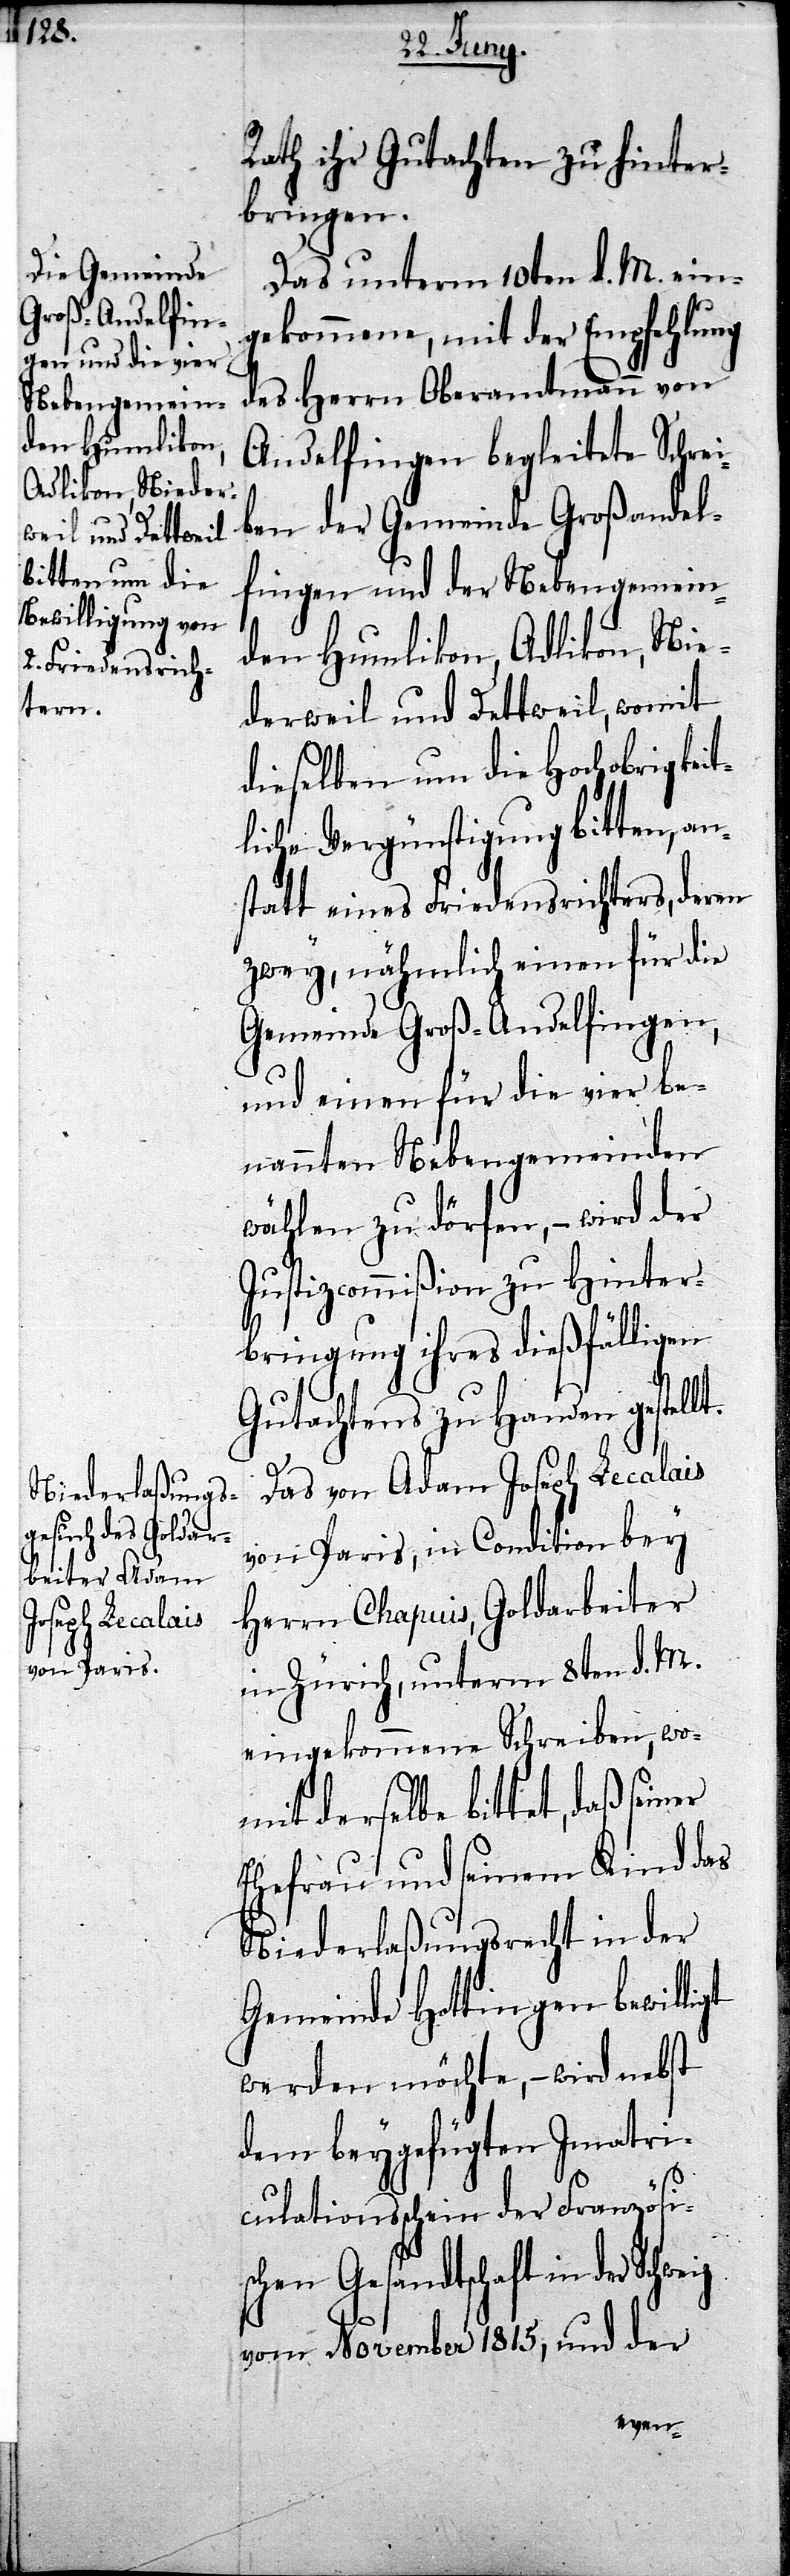
Rath ihr Gutachten zu hinter¬
bringen.
Das unterm 10ten d. M. ein¬
gekommene, mit der Empfehlung
des Herrn Oberamtmann von
Andelfingen begleitete Schrei¬
ben der Gemeinde Großandel¬
fingen und der Nebengemein¬
den Humlikon, Adlikon, Nie¬
derweil und Dettweil, womit
dieselben um die Hochobrigkeit¬
liche Vergünstigung bitten, an¬
statt eines Friedensrichters, deren
zwey, nähmlich einen für die
Gemeinde Groß-Andelfingen,
und einen für die vier be¬
nannten Nebengemeinden
wählen zu dörfen, – wird der
Justizcommißion zu Hinter¬
bringung ihres dießfälligen
Gutachtens zu Handen gestellt.
Das von Adam Joseph Lecalais
von Paris in Condition bey
Herrn Chapuis, Goldarbeiter
in Zürich, unterm 8ten d. M.
eingekommene Schreiben, wo¬
mit derselbe bittet, daß seiner
Ehefrau und seinem Kind das
Niederlaßungsrecht in der
Gemeinde Hottingen bewilligt
werden möchte, – wird nebst
dem beygefügten Imatri¬
culationsschein der Französis¬
chen Gesandtschaft in der
vom November 1815, und der